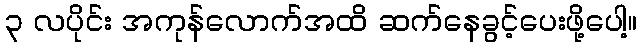
၃ လပိုင်း အကုန်လောက်အထိ ဆက်နေခွင့်ပေးဖို့ပေါ့။